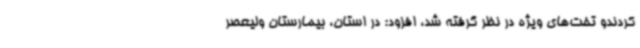
کردندو تخت‌های ویژه در نظر گرفته شد، افزود: در استان، بیمارستان ولیعصر